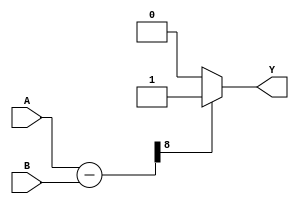
module Comparator(
	input [7:0] A, B, 
	output reg Y
);
	wire [8:0] temp;
	assign temp = {1'b0, A} - {1'b0, B};
	
	always @(*) begin
		if (temp[8] == 1'b1)
			Y = 1'b1;
		else
			Y = 1'b0;
	end

endmodule